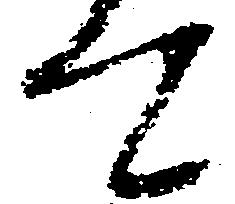
て